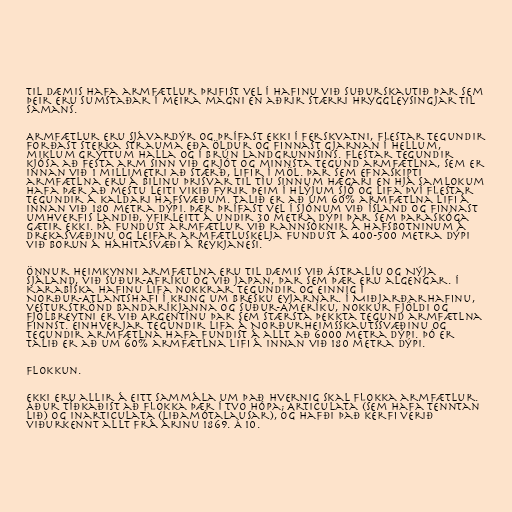
Til dæmis hafa armfætlur þrifist vel í hafinu við Suðurskautið þar sem
þeir eru sumstaðar í meira magni en aðrir stærri hryggleysingjar til
samans.

Armfætlur eru sjávardýr og þrífast ekki í ferskvatni, flestar tegundir
forðast sterka strauma eða öldur og finnast gjarnan í hellum,
miklum grýttum halla og í brún landgrunnsins. Flestar tegundir
kjósa að festa arm sinn við grjót og minnsta tegund armfætlna, sem er
innan við 1 millimetri að stærð, lifir í möl. Þar sem efnaskipti
armfætlna eru á bilinu þrisvar til tíu sinnum hægari en hjá samlokum
hafa þær að mestu leiti vikið fyrir þeim í hlýjum sjó og lifa því flestar
tegundir á kaldari hafsvæðum. Talið er að um 60% armfætlna lifi á
innan við 180 metra dýpi. Þær þrífast vel í sjónum við Ísland og finnast
umhverfis landið, yfirleitt á undir 30 metra dýpi þar sem þaraskóga
gætir ekki. Þá fundust armfætlur við rannsóknir á hafsbotninum á
Drekasvæðinu og leifar armfætluskelja fundust á 400-500 metra dýpi
við borun á háhitasvæði á Reykjanesi.

Önnur heimkynni armfætlna eru til dæmis við Ástralíu og Nýja
Sjáland, við Suður-Afríku og við Japan, þar sem þær eru algengar. Í
Karabíska hafinu lifa nokkrar tegundir og einnig í
Norður-Atlantshafi í kring um Bresku Eyjarnar. Í Miðjarðarhafinu,
vesturströnd Bandaríkjanna og Suður-Ameríku, nokkur fjöldi og
fjölbreytni er við Argentínu þar sem stærsta þekkta tegund armfætlna
finnst. Einhverjar tegundir lifa á Norðurheimsskautssvæðinu og
tegundir armfætlna hafa fundist á allt að 6000 metra dýpi. Þó er
talið er að um 60% armfætlna lifi á innan við 180 metra dýpi.

Flokkun.

Ekki eru allir á eitt sammála um það hvernig skal flokka armfætlur.
Áður tíðkaðist að flokka þær í tvo hópa; Articulata (sem hafa tenntan
lið) og Inarticulata (liðamótalausar), og hafði það kerfi verið
viðurkennt allt frá árinu 1869. Á 10.